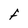
Character: F